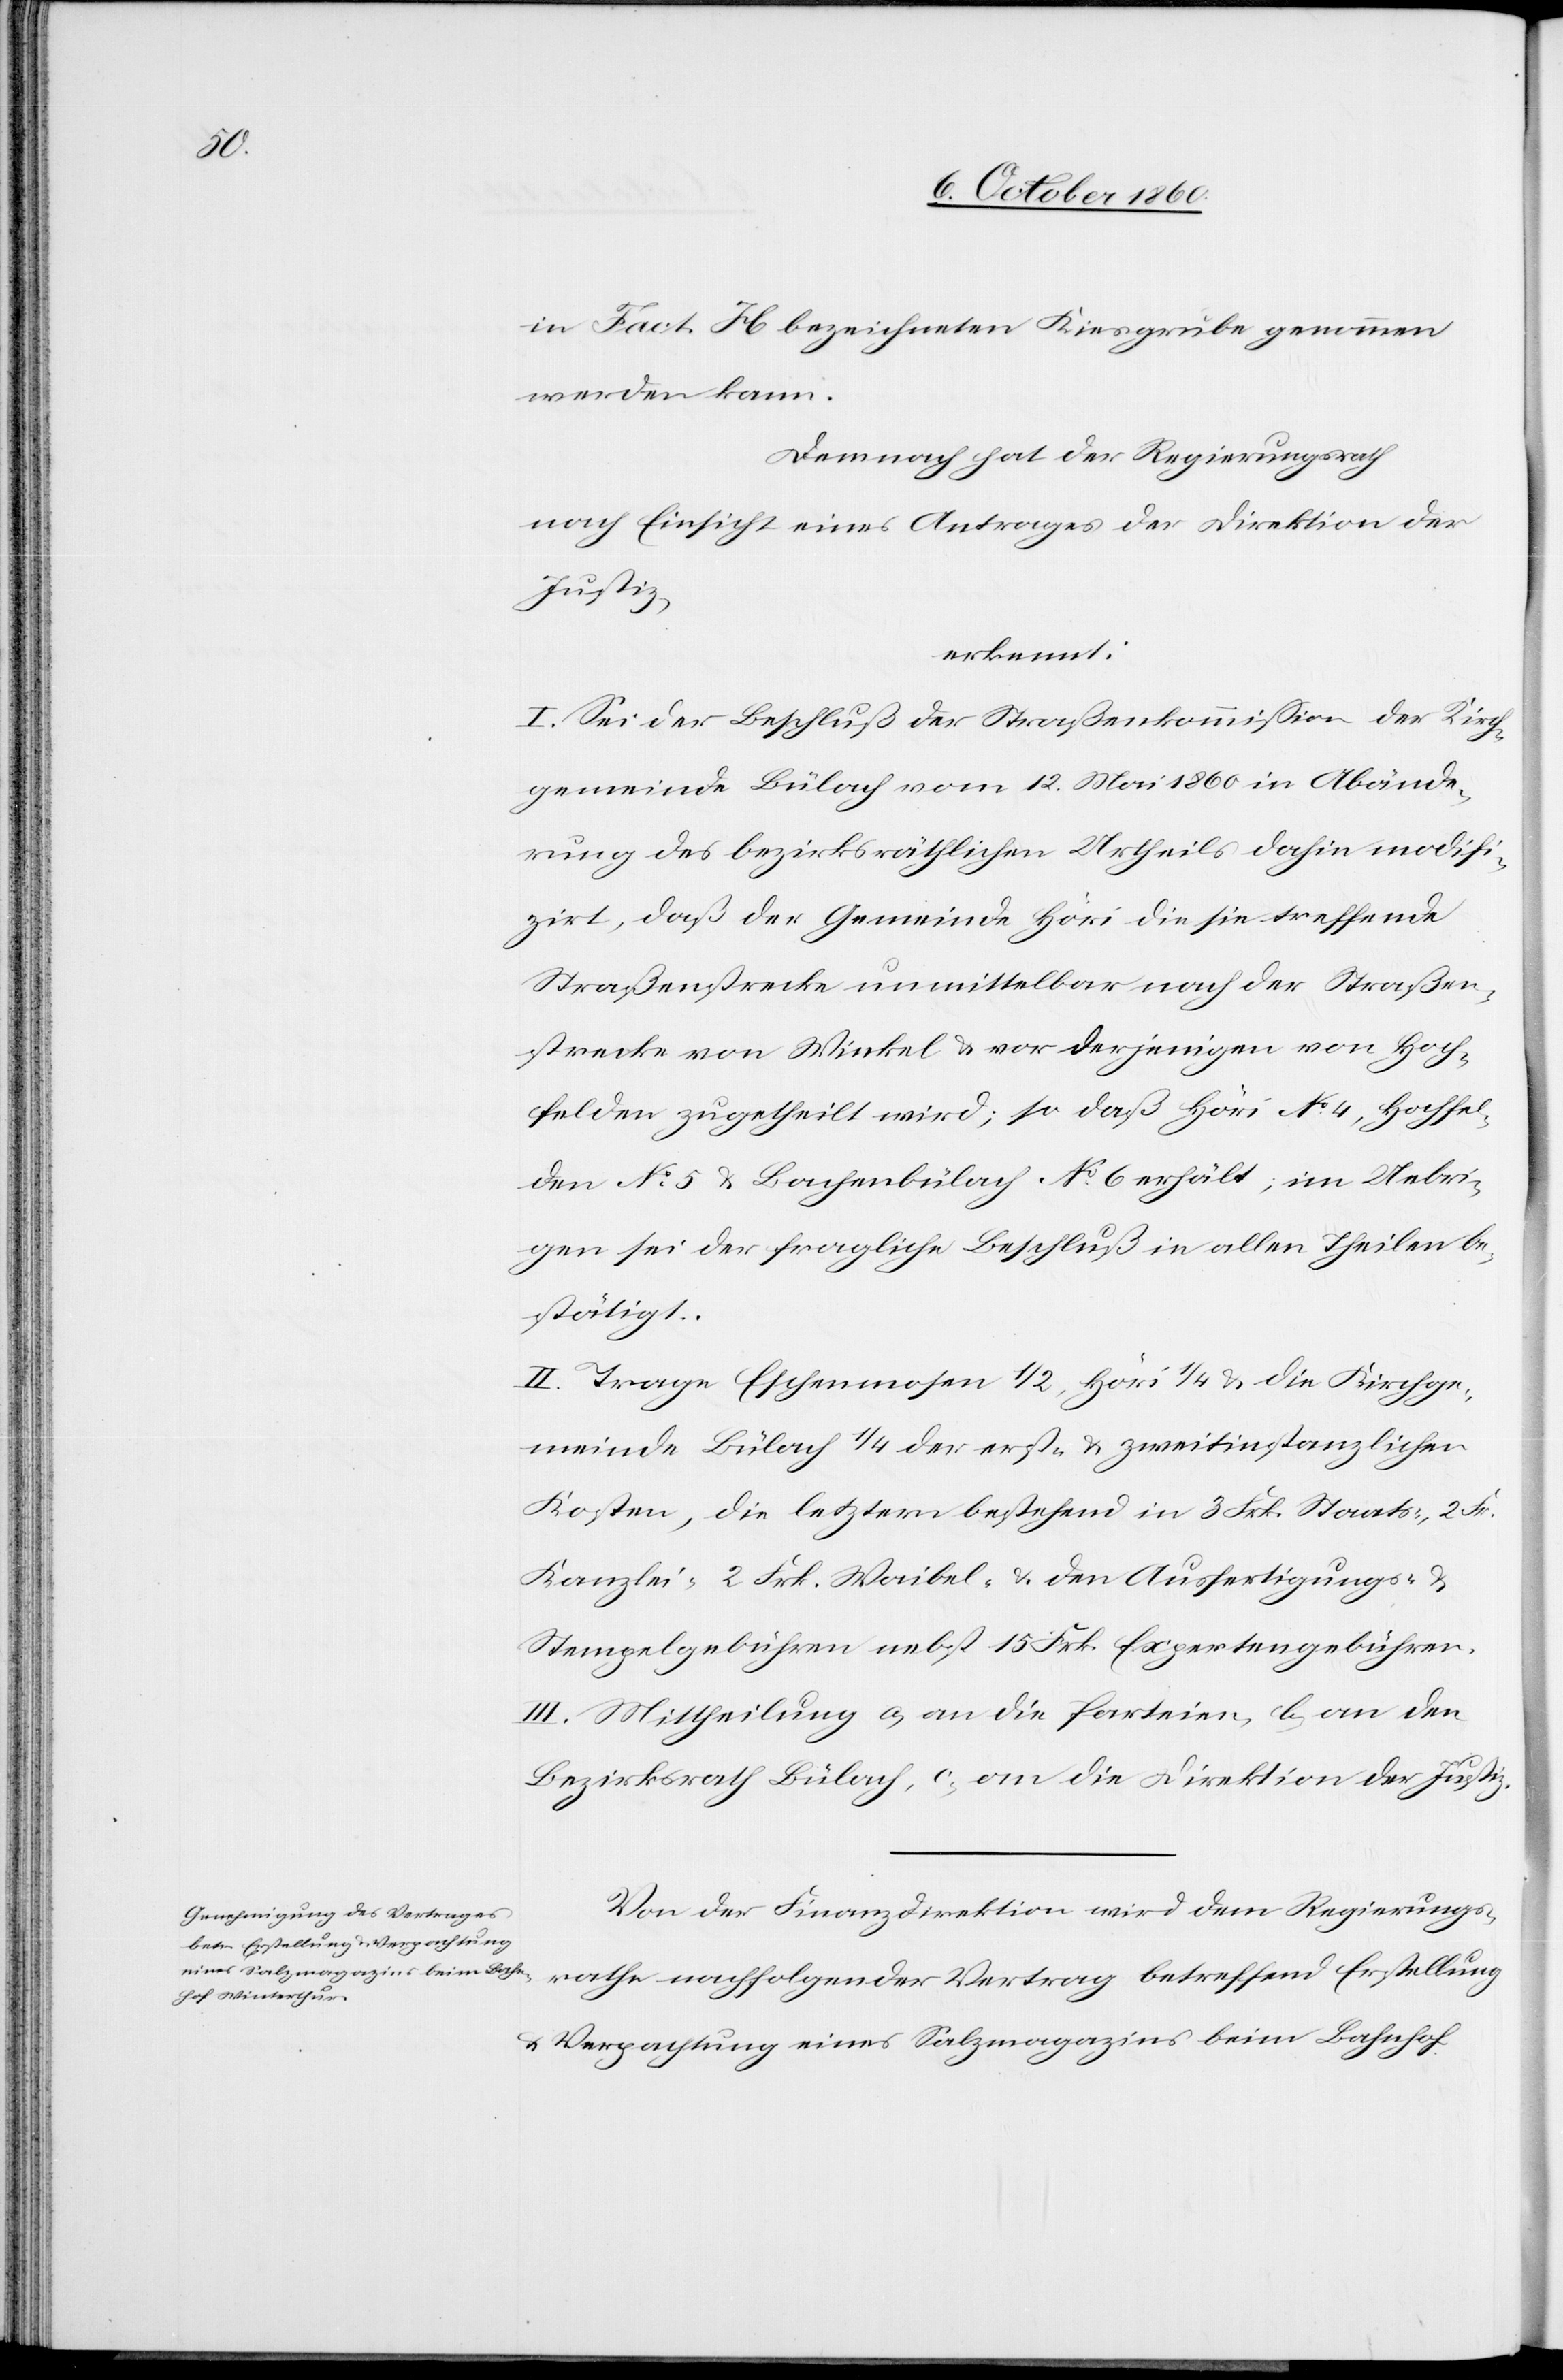
in Fact. H bezeichneten Kiesgrube genommen
werden kann.[“]
Demnach hat der Regierungsrath
nach Einsicht eines Antrages der Direktion der
Justiz,
erkennt:
I. Sei der Beschluß der Straßenkommission der Kirch¬
gemeinde Bülach vom 12. Mai 1860 in Abände¬
rung des bezirksräthlichen Urtheils dahin modifi¬
zirt, daß der Gemeinde Höri die sie treffende
Straßenstrecke unmittelbar nach der Straßen¬
strecke von Winkel u. vor derjenigen von Hoch¬
felden zugetheilt wird; so daß Höri No 4, Hochfel¬
den No 5 u. Bachenbülach No 6 erhält; im Uebri¬
gen sei der fragliche Beschluß in allen Theilen be¬
stätigt.
II. Trage Eschenmosen 1/2, Höri 1/4 u. die Kirchge¬
meinde Bülach 1/4 der erst- u. zweitinstanzlichen
Kosten, die letztern bestehend in 3 Frk. Staats-[,] 2 Fr.
Kanzlei[,]- 2 Frk. Waibel- u. den Ausfertigungs- u.
Stempelgebühren nebst 15 Frk. Expertengebühren.
III. Mittheilung a) an die Parteien, b) an den
Bezirksrath Bülach, c) an die Direktion der Justiz.
Von der Finanzdirektion wird dem Regierungs¬
rathe nachfolgender Vertrag betreffend Erstellung
u. Verpachtung eines Salzmagazins beim Bahnhof